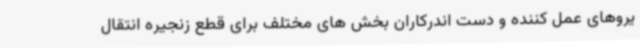
یروهای عمل کننده و دست اندرکاران بخش های مختلف برای قطع زنجیره انتقال